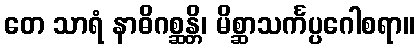
တေ သာရံ နာဓိဂစ္ဆန္တိ၊ မိစ္ဆာသင်္ကပ္ပဂေါစရာ။